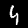
Label: 4